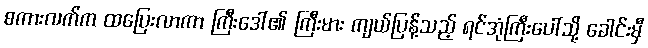
စကားလက်က ထပြေးလာကာ ကြီးဒေါ်၏ ကြီးမား ကျယ်ပြန့်သည့် ရင်အုံကြီးပေါ်သို့ ခေါင်းမှီ